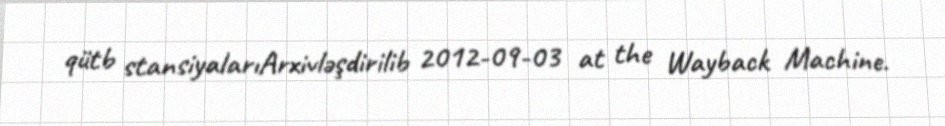
qütb stansiyalarıArxivləşdirilib 2012-09-03 at the Wayback Machine.